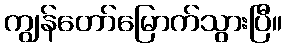
ကျွန်တော်မြောက်သွားပြီ။